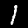
Digit: 1